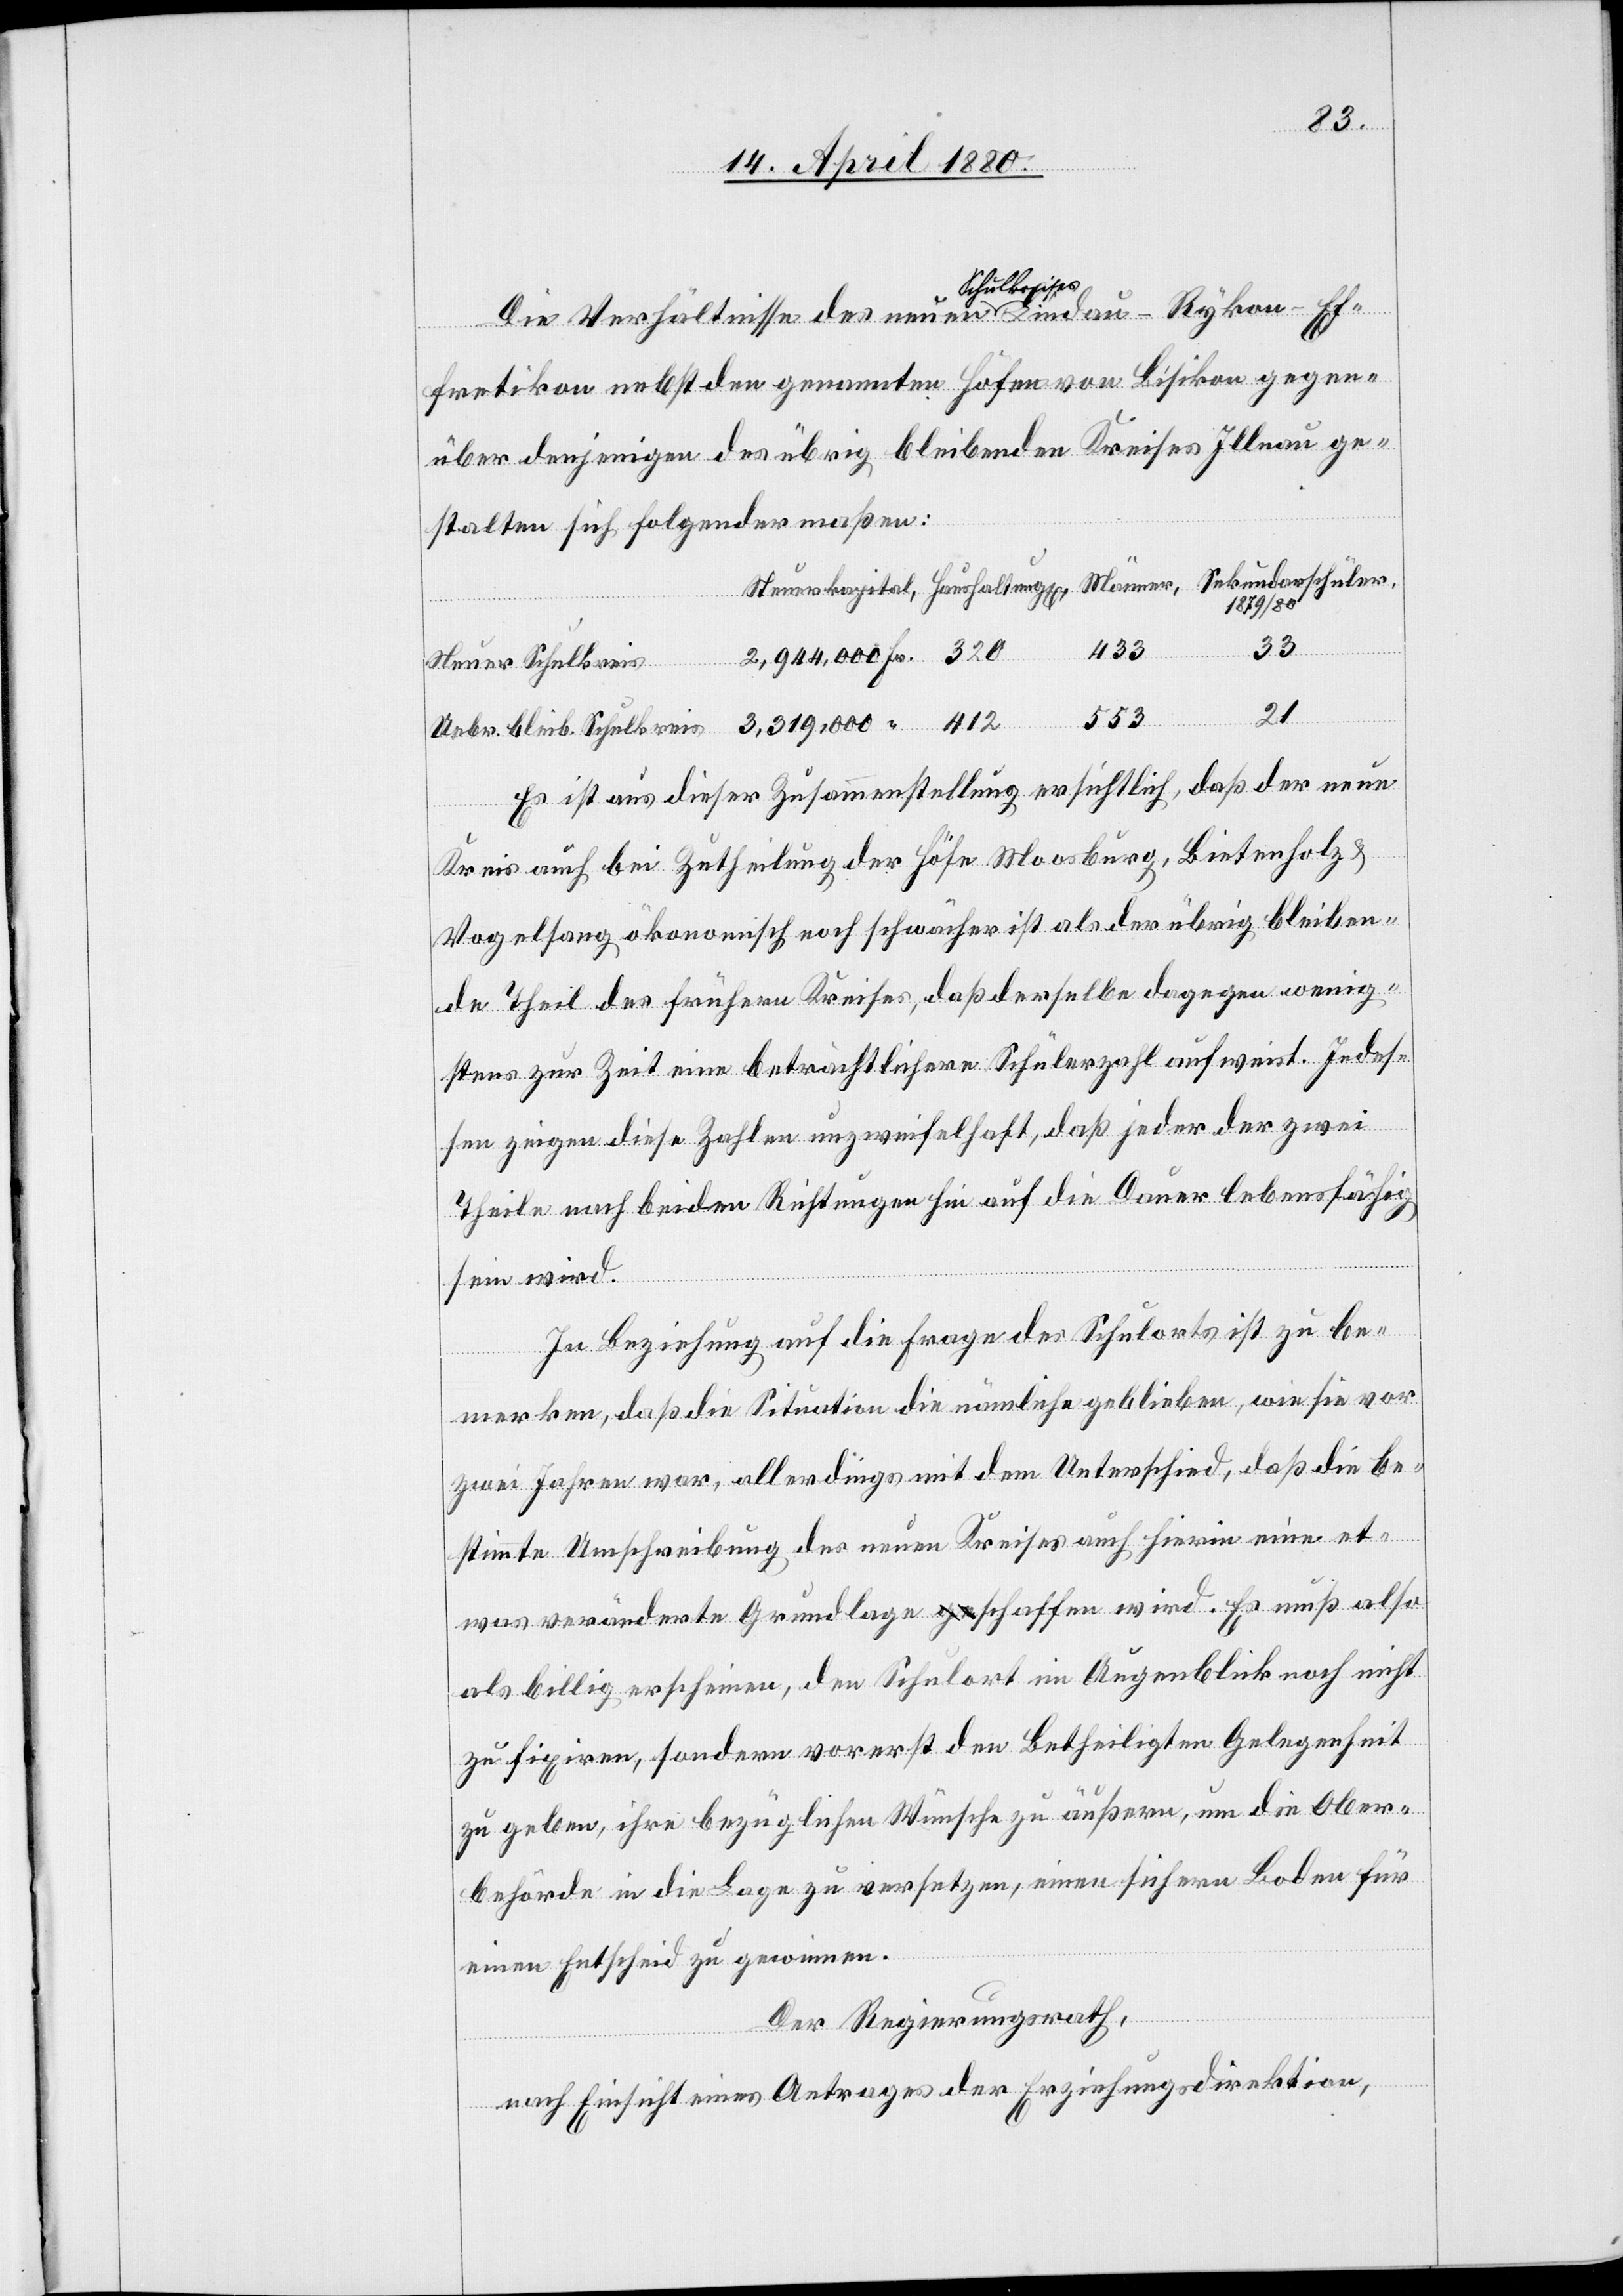
Schulkreis
Die Verhältnisse des neuen a-Schulkreis¬
fretikon nebst den genannten Höfen von Bisikon gegen¬
über denjenigen des übrig bleibenden Kreises Illnau ge¬
stalten sich folgendermaßen:
319 000
21
553
es-a Lindau-Rykon-Ef¬
Es ist aus dieser Zusammenstellung ersichtlich, daß der neue
Kreis auch bei Zutheilung der Höfe Moosburg, Bietenholz &
Vogelsang ökonomisch noch schwächer ist als der übrig bleiben¬
de Theil des frühern Kreises, daß derselbe dagegen wenig¬
stens zur Zeit eine beträchtliche Schülerzahl aufweist. Indes¬
sen zeigen diese Zahlen unzweifelhaft, daß jeder der zwei
Theile nach beiden Richtungen auf die Dauer lebensfähig
sein wird.
In Beziehung auf die Frage des Schulorts ist zu be¬
merken, daß die Situation die nämliche geblieben, wie sie vor
zwei Jahren war, allerdings mit dem Unterschied, daß die be¬
stimmte Umschreibung des neuen Kreises auch hierin eine et¬
was veränderte Grundlage schaffen wird. Es muß also
als billig erscheinen, den Schulort im Augenblick noch nicht
zu fixiren, sondern vorerst den Betheiligten Gelegenheit
zu geben, ihre bezüglichen Wünsche zu äußern, um die Ober¬
behörde in die Lage zu versetzen, einen sichern Boden für
einen Entscheid zu gewinnen.
Der Regierungsrath,
nach Einsicht eines Antrages der Erziehungsdirektion,